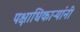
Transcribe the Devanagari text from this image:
पक्षाधिकाऱ्यांनी